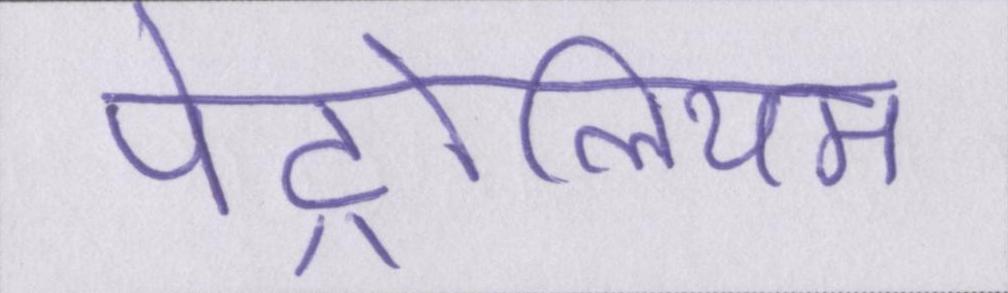
पेट्रोलियम